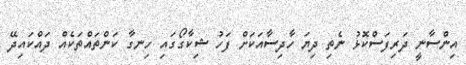
އިންސާނީ ދަރިފަސްކޮޅު ނެތި ދިޔަ ހާދިސާއަކަށް ފަހު ޝިކާގޯގައި ހިނގާ ކަންތައްތަކެއް ދައްކައިދޭ